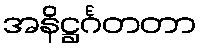
အနိဋ္ဌင်္ဂတတာ